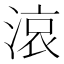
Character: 𪶦